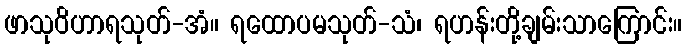
ဖာသုဝိဟာရသုတ်-အံ။ ရထောပမသုတ်-သံ၊ ရဟန်းတို့ချမ်းသာကြောင်း။